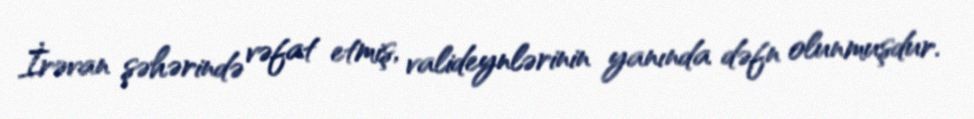
İrəvan şəhərində vəfat etmiş, valideynlərinin yanında dəfn olunmuşdur.